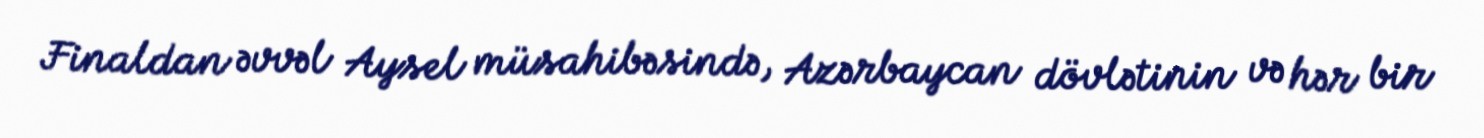
Finaldan əvvəl Aysel müsahibəsində, Azərbaycan dövlətinin və hər bir